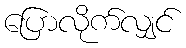
ပြောလိုက်လျှင်